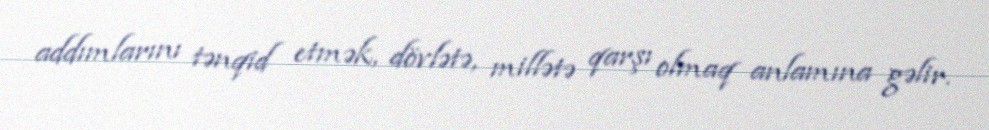
addımlarını tənqid etmək, dövlətə, millətə qarşı olmaq anlamına gəlir.